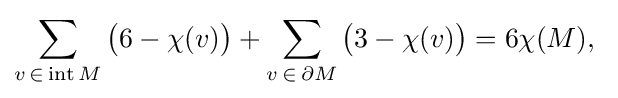
\sum _{v\,\in \,\operatorname {int} M}{\bigl (}6-\chi (v){\bigr )}+\sum _{v\,\in \,\partial M}{\bigl (}3-\chi (v){\bigr )}=6\chi (M),\